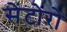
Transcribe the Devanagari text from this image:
सेंटोरो